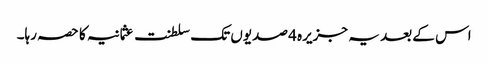
اس کے بعد یہ جزیرہ 4 صدیوں تک سلطنت عثمانیہ کا حصہ رہا۔